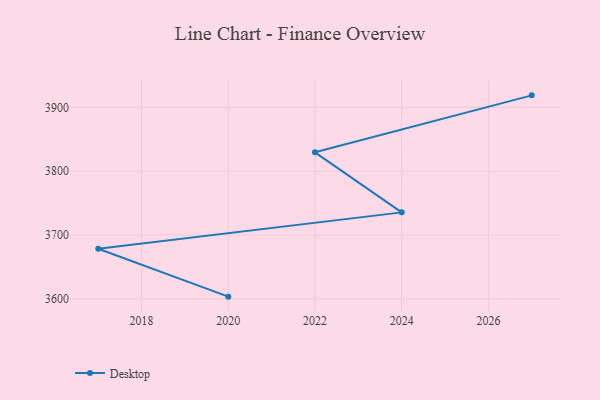
{"axis": {"x": "Year", "y": "Bounce Rate (%)"}, "legend": ["Desktop"], "data": [{"x": "2027", "y": 3918.8, "type": "Desktop"}, {"x": "2022", "y": 3829.5, "type": "Desktop"}, {"x": "2024", "y": 3735.4, "type": "Desktop"}, {"x": "2017", "y": 3678.4, "type": "Desktop"}, {"x": "2020", "y": 3603.3, "type": "Desktop"}]}